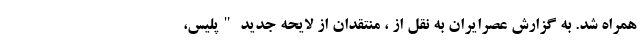
همراه شد. به گزارش عصرایران به نقل از ، منتقدان از لایحه جدید "پلیس،